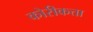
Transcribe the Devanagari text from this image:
कोरीकत्ता